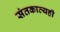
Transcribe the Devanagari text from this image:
संतकाव्यही